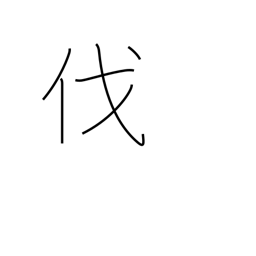
Meaning: strike